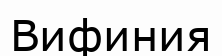
Вифиния